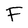
Character: F